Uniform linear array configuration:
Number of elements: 16
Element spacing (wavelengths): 1
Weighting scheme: binomial
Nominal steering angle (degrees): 15
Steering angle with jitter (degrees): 15.318
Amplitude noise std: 0.05
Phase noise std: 0.05

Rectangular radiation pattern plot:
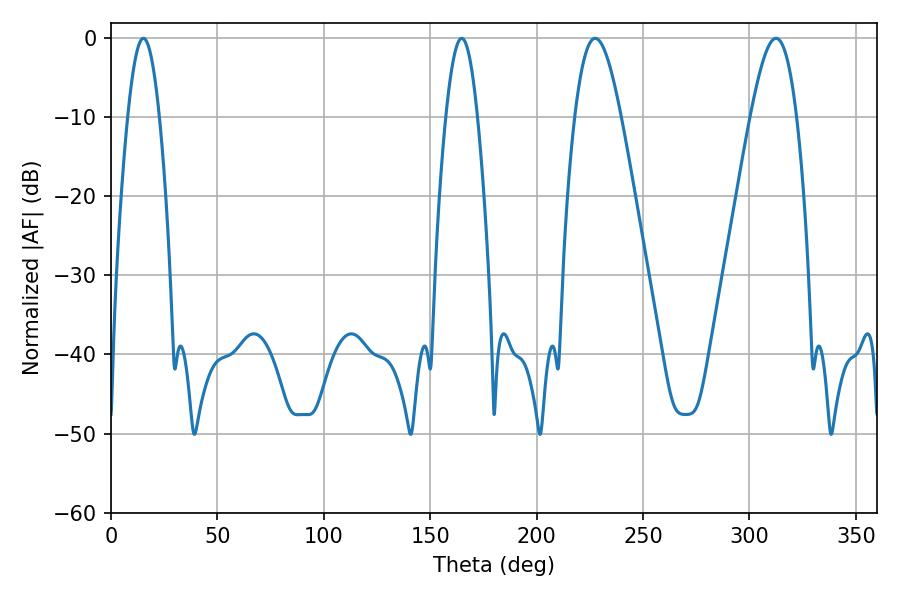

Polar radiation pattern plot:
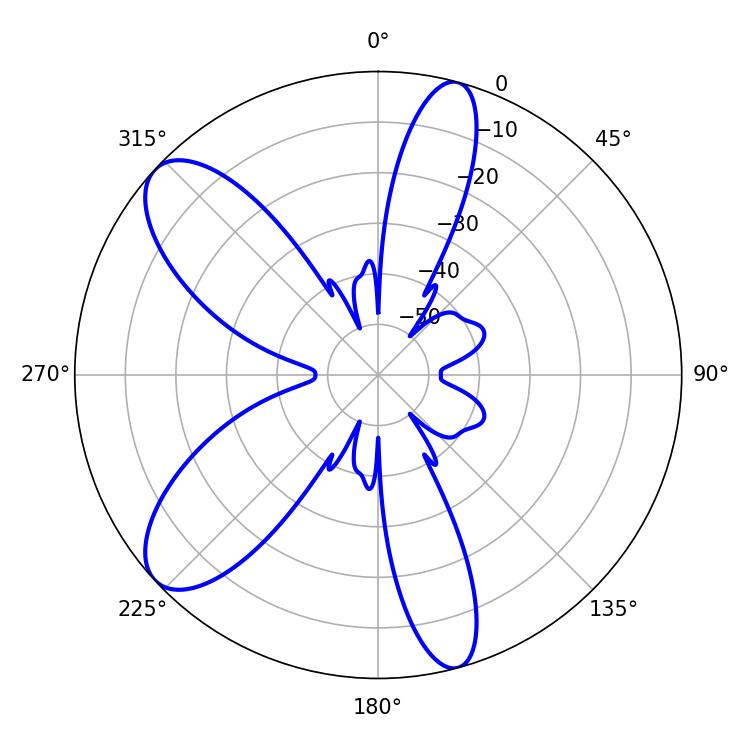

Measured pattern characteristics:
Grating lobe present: TRUE
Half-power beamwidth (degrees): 11.52
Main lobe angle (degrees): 227.52